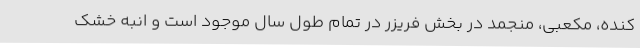
کنده، مکعبی، منجمد در بخش فریزر در تمام طول سال موجود است و انبه خشک